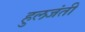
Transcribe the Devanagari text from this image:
हुलजंती